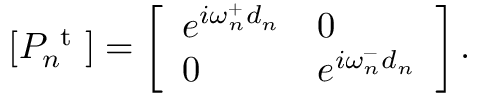
[ P _ { n } ^ { \mathrm { ~ t ~ } } ] = \left[ \begin{array} { l l } { e ^ { i \omega _ { n } ^ { + } d _ { n } } } & { 0 } \\ { 0 } & { e ^ { i \omega _ { n } ^ { - } d _ { n } } } \end{array} \right] .